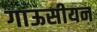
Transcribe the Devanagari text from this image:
गाऊसीयन